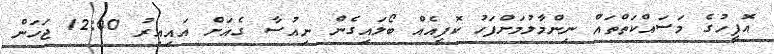
އޮފީހުގެ މަސައްކަތްތައް ނިންމާލުމަށްފަހު ކޮފީއެއް ބޯލައިގެން ނިއުސާ ގެއަށް އައިއިރު 12:00 ޖަހަން